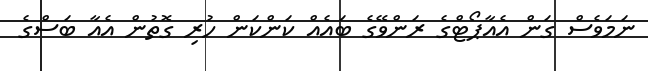
ނަމަވެސް ގަން އެއާޕޯޓްގެ ރަންވޭގެ ބައެއް ކަންކަން ހުރި ގޮތުން އެއާ ބަސްގެ